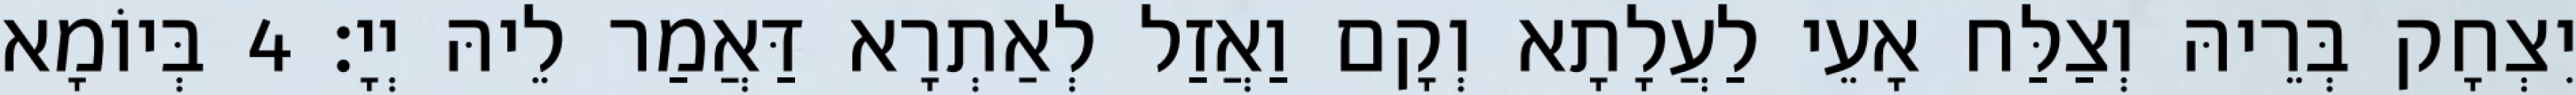
יִצְחָק בְּרֵיהּ וְצַלַּח אָעֵי לַעֲלָתָא וְקָם וַאֲזַל לְאַתְרָא דַּאֲמַר לֵיהּ יְיָ׃ 4 בְּיוֹמָא